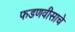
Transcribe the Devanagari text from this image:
फडणवीसाचे